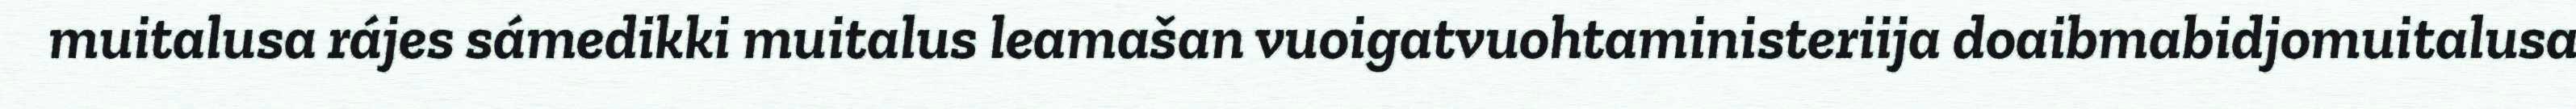
muitalusa rájes sámedikki muitalus leamašan vuoigatvuohtaministeriija doaibmabidjomuitalusa